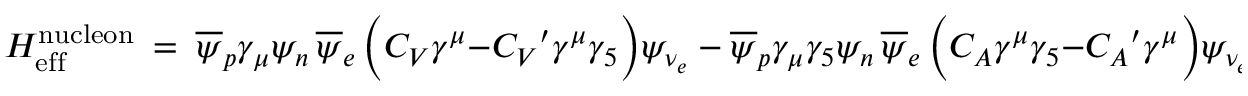
H _ { \mathrm { e f f } } ^ { \mathrm { n u c l e o n } } \ = \ \overline { { { \psi } } } _ { p } \gamma _ { \mu } \psi _ { n } \, \overline { { { \psi } } } _ { e } \, \Big ( C _ { V } \gamma ^ { \mu } - { C _ { V } } ^ { \prime } \gamma ^ { \mu } \gamma _ { 5 } \Big ) \psi _ { \nu _ { e } } \ - \ \overline { { { \psi } } } _ { p } \gamma _ { \mu } \gamma _ { 5 } \psi _ { n } \, \overline { { { \psi } } } _ { e } \, \Big ( C _ { A } \gamma ^ { \mu } \gamma _ { 5 } - { C _ { A } } ^ { \prime } \gamma ^ { \mu } \Big ) \psi _ { \nu _ { e } } \ \ ,